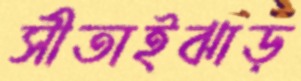
সীতাইঝাড়